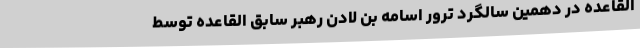
القاعده در دهمین سالگرد ترور اسامه بن لادن رهبر سابق القاعده توسط